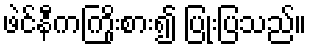
ဖဲင်နီကကြိုးစား၍ ပြုံးပြသည်။